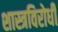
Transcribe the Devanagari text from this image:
शास्त्रविरोधी